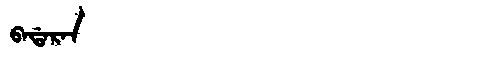
Manchu: ᠪᠠᡩᠠᡵᠠᠨ
Romanization: BADARAN